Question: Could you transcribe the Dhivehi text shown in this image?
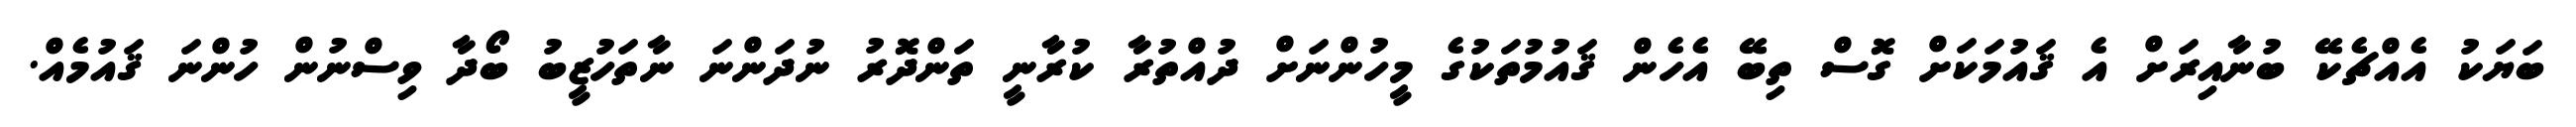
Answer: ބަޔަކު އެއްޗެކޭ ބުނާއިރަށް އެ ޤައުމަކަށް ގޮސް ތިބޭ އެހެން ޤައުމުތަކުގެ މީހުންނަށް ދުއްތުރާ ކުރާނީ ތަންދޮރު ނުދަންނަ ނާތަހުޒީބު ބޯދާ ވިސްނުން ހުންނަ ޤައުމެއް.